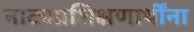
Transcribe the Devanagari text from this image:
नाट्यप्रशिक्षणार्थींना